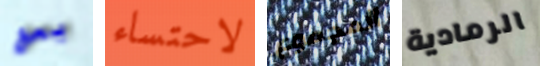
يعج لاحتساء المجموع الرمادية